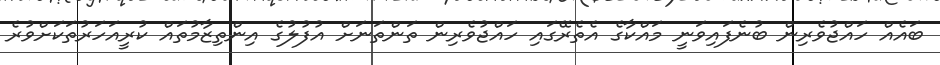
ބައެއް ހައްޖުވެރިން ބުނެފައިވަނީ މައްކާގެ އެތެރޭގައި ހައްޖުވެރިން ތަންތަނަށް އުފުލުގެ އިންތިޒާމުތައް ކުރީއަހަރުތަކަށްވުރެ